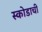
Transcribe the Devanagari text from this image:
स्कोडाची